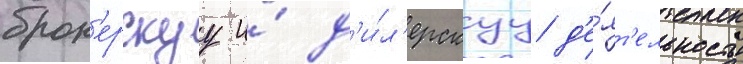
брок'ерскуу и́ д'и́л'ерскуу д'е́ят'ельность